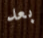
بعد